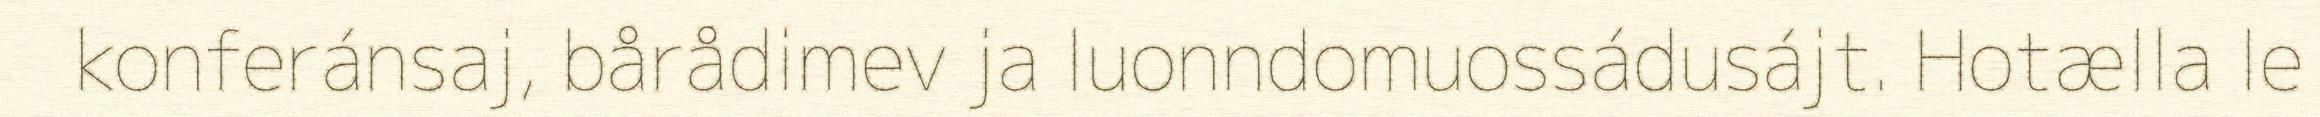
konferánsaj, bårådimev ja luonndomuossádusájt. Hotælla le